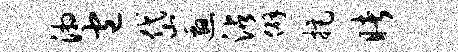
湘包岱邀沾僻拒睹